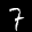
Label: 7